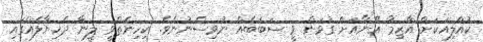
ކުއްލިއަކަށް އާޒިމާ އޭނާއަށް ގުޅަން ވީ ސަބަބެއް ނުވިސްނުނެވެ. ކިހިނެތްވީ ލީނާ ދެޚިޔާލެއްގައި